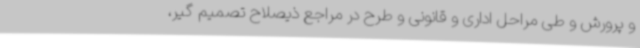
و پرورش و طی مراحل اداری و قانونی و طرح در مراجع ذیصلاح تصمیم گیر،